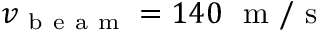
v _ { \mathrm { ~ b ~ e ~ a ~ m ~ } } = 1 4 0 ~ \mathrm { ~ m ~ / ~ s ~ }